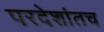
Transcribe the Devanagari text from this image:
परदेशांतच